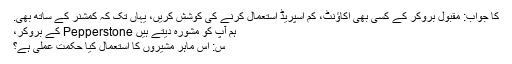
کا جواب: مقبول بروکر کے کسی بھی اکاؤنٹ، کم اسپریڈ استعمال کرنے کی کوشش کریں، یہاں تک کہ کمشنر کے ساتھ بھی.
ہم آپ کو مشورہ دیتے ہیں Pepperstone کے بروکر،
س: اس ماہر مشیروں کا استعمال کیا حکمت عملی ہے؟